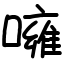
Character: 噰